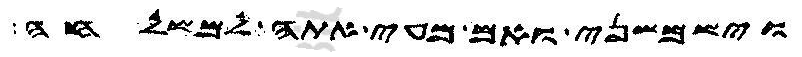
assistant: וישמשני ואם מעי אתה למשלחה